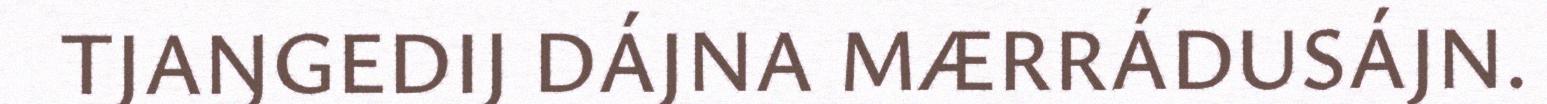
TJAŊGEDIJ DÁJNA MÆRRÁDUSÁJN.